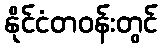
နိုင်ငံတဝန်းတွင်